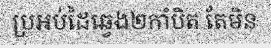
ប្រអប់ដៃឆ្វេង២កាំបិត តែមិន